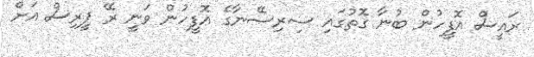
ރައީސް އޮފީހުން ބުނާ ގޮތުގައި ސިރިސޭނާގެ އޮފީހުން ވަނީ ރޭ ޕީރިސް އަށް